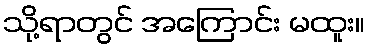
သို့ရာတွင် အကြောင်း မထူး။